Lunatic asylums in Bengal annual reports 1899-1911 - 1899-1911
Year: 1899
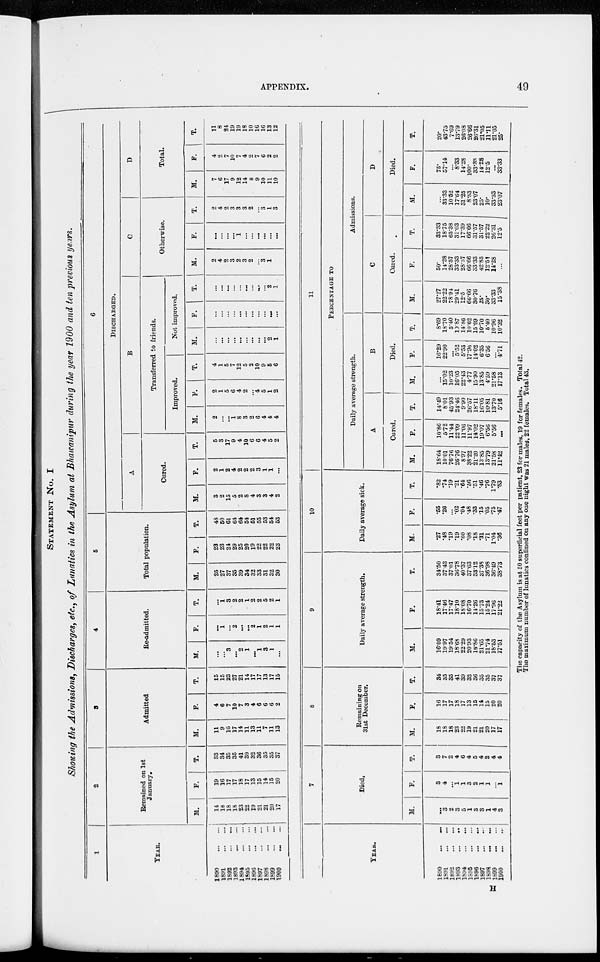
APPENDIX.
49
STATEMENT No. I
Showing the Admissions, Discharges, etc., of Lunatics in the Asylum at Bhawanipur during the year 1900 and ten previous years.
1
YEAR.
1890
...
...
1891
...
...
1892
...
...
1893
...
...
1894
...
...
1895
...
...
1896
...
...
1897
...
...
1898
...
...
1899
...
...
1900 ... ...
2
Remained on 1st
January.
M.
14
18
18
18
23
22
19
21
21
20
17
F.
19
16
17
17
18
17
13
15
14
15
20
T.
33
34
35
35
41
39
32
36
35
35
37
3
Admitted
M.
11
9
16
17
14
11
13
11
7
11
13
F.
4
6
7
10
7
3
4
6
6
6
2
T.
15
15
23
27
21
14
17
17
13
17
15
4
Re-admitted.
M.
...
...
3
...
2
1
...
1
3
1
...
F.
...
1
...
2
...
...
2
1
2
1
1
T.
...
1
3
2
2
1
2
2
5
2
1
5
Total population.
M.
25
27
37
35
39
34
32
33
31
32
30
F.
23
23
21
29
25
20
19
22
22
22
23
T.
48
50
61
64
64
54
61
55
53
54
53
6
DISCHARGED.
A
Cured.
M.
3
2
15
5
2
8
4
3
3
4
2
F.
2
1
2
4
2
2
2
3
1
1
...
T.
5
3
17
9
4
10
6
6
4
5
2
B
Transferred to friends.
Improved.
M.
2
...
...
1
8
3
2
6
4
4
4
F.
2
1
5
6
4
2
...
4
5
1
2
T.
4
1
5
7
12
5
2
10
9
5
6
Not improved,
M.
...
...
...
...
...
...
...
...
...
2
1
F.
...
...
...
...
...
...
...
...
...
...
...
T.
...
...
...
...
...
...
...
...
...
2
1
C
Otherwise.
M.
2
4
2
3
2
3
2
...
3
1
F.
...
...
...
...
1
...
...
...
...
...
...
T.
2
4
2
3
3
3
2
...
3
1
3
D
Total.
M.
7
6
17
9
12
14
8
9
10
11
10
P.
4
2
7
10
7
4
2
7
6
2
2
T.
11
8
24
19
19
18
10
16
16
13
12
YEAR.
1890
...
...
1891
...
...
1892
...
...
1893
...
...
1694
...
...
1895
...
...
1696
...
...
1897 ... ...
1698 ... ...
1899 ... ...
1900
...
...
7
Died.
M.
...
3
2
3
5
1
3
3
1
4
3
F.
3
4
...
1
1
3
2
1
1
...
1
T.
3
7
2
4
6
4
5
4
2
4
4
8
Remaining on
31st December.
M.
18
18
18
23
22
19
21
21
20
17
17
F.
16
17
17
18
17
13
15
14
15
20
20
T.
34
35
35
41
39
32
36
35
35
37
37
9
Daily average strength.
M.
16.09
1997
19.54
18.63
22.29
20.93
18.86
21.65
21.74
18.53
17.51
F.
18.41
1746
17.47
18.10
18.08
16.70
14.26
1573
15.24
17.96
21.22
T.
34.50
3743
37.01
36.78
40.37
37.63
33.12
37.38
36.98
36.49
38.73
10
Daily average sick.
M.
.27
.48
.19
.19
.60
.08
.18
.31
.71
1.04
.36
F.
.65
.26
...
.02
.04
.48
.33
.15
.05
.75
.47
T.
.82
.74
.19
.21
.64
.56
.51
.46
.76
1.79
.83
11
PERCENTAGE TO
Daily average strength.
A
Cured.
M.
18.64
10.01
76.76
26.76
8.97
38.22
21.20
13 85
13.79
21.58
11.42
F.
10.86
5.72
11.44
22.09
11.06
11.97
14.02
19.07
6.56
5.56
...
T.
14.49
8.01
45.93
24.46
9.90
26.57
18.11
16.05
10.81
13.70
5.16
B
Died.
M.
...
15.02
10.23
16.05
22.43
4.77
15.90
1385
4.59
21.58
17.13
F.
16.29
22.90
...
5.52
5.53
17.96
14.02
6.35
6.56
...
4.71
T.
8.69
18.70
5.40
10.87
14.86
10.62
15.09
10.70
5.40
10.96
10.32
Admissions.
C
Cured.
M.
27.27
22.22
78.94
29.41
12.5
66.66
30.76
25.
30.
33.33
15.38
F.
50.
14.28
28.57
33.33
28.57
66.66
33.33
42.85
12.51
14.28
...
T.
33.33
18.75
65.38
31.03
17.39
66.66
31.57
31.57
22.22
26.31
12.5
D
Died.
M.
...
33.33
10.52
17.64
31.25
8.33
23.07
25.
10.
33.33
23.07
P.
75.
57.14
...
8.33
14.28
100.
33.33
14.28
125
...
33.33
T.
20.
43.75
7.69
13.79
26.08
26 66
26.31
21.05
11.11
21.05
25.
The capacity of the Asylum is at 50 superficial feet per patient, 23 for males, 19 for females. Total 42.
The maximum number of lunatics confined on any one night was 21 males, 22 females. Total 43.
H